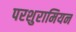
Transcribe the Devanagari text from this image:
परशुरामियन